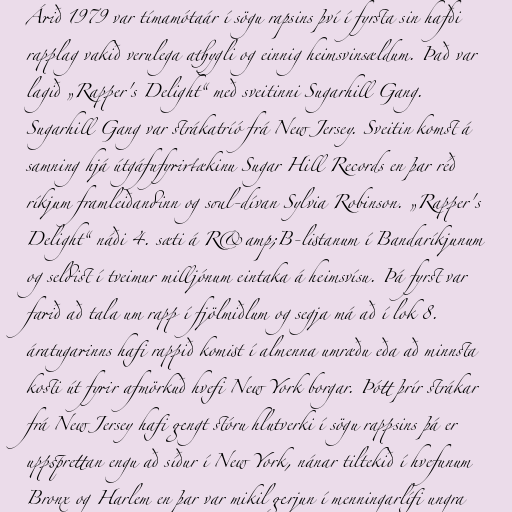
Árið 1979 var tímamótaár í sögu rapsins því í fyrsta sin hafði
rapplag vakið verulega athygli og einnig heimsvinsældum. Það var
lagið „Rapper's Delight“ með sveitinni Sugarhill Gang.
Sugarhill Gang var strákatríó frá New Jersey. Sveitin komst á
samning hjá útgáfufyrirtækinu Sugar Hill Records en þar réð
ríkjum framleiðandinn og soul-dívan Sylvia Robinson. „Rapper's
Delight“ náði 4. sæti á R&amp;B-listanum í Bandaríkjunum
og seldist í tveimur milljónum eintaka á heimsvísu. Þá fyrst var
farið að tala um rapp í fjölmiðlum og segja má að í lok 8.
áratugarinns hafi rappið komist í almenna umræðu eða að minnsta
kosti út fyrir afmörkuð hvefi New York borgar. Þótt þrír strákar
frá New Jersey hafi gengt stóru hlutverki í sögu rappsins þá er
uppsprettan engu að síður í New York, nánar tiltekið í hvefunum
Bronx og Harlem en þar var mikil gerjun í menningarlífi ungra